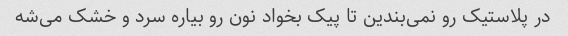
در پلاستیک رو نمی‌بندین تا پیک بخواد نون رو بیاره سرد و خشک می‌شه